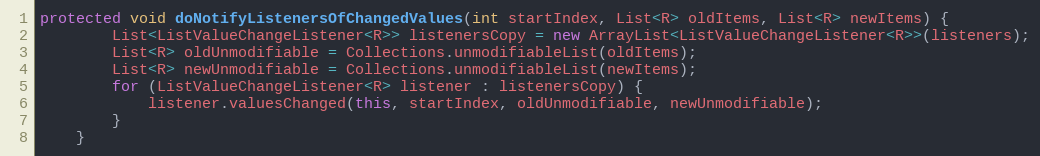
Language: Java
protected void doNotifyListenersOfChangedValues(int startIndex, List<R> oldItems, List<R> newItems) {
        List<ListValueChangeListener<R>> listenersCopy = new ArrayList<ListValueChangeListener<R>>(listeners);
        List<R> oldUnmodifiable = Collections.unmodifiableList(oldItems);
        List<R> newUnmodifiable = Collections.unmodifiableList(newItems);
        for (ListValueChangeListener<R> listener : listenersCopy) {
            listener.valuesChanged(this, startIndex, oldUnmodifiable, newUnmodifiable);
        }
    }